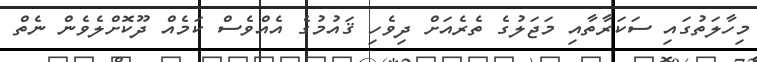
މިހާލަތުގައި ސަކަރާތާއި މަޖަލުގެ ތެރެއަށް ދިވެހި ޤައުމުގެ އެއްވެސް ކަމެއް ދޫކޮށްލެވެން ނެތް